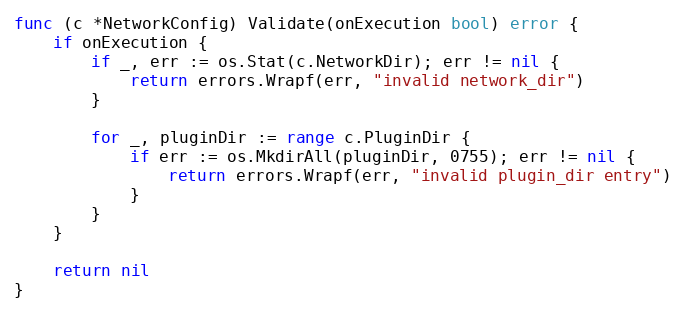
Language: Go
func (c *NetworkConfig) Validate(onExecution bool) error {
	if onExecution {
		if _, err := os.Stat(c.NetworkDir); err != nil {
			return errors.Wrapf(err, "invalid network_dir")
		}

		for _, pluginDir := range c.PluginDir {
			if err := os.MkdirAll(pluginDir, 0755); err != nil {
				return errors.Wrapf(err, "invalid plugin_dir entry")
			}
		}
	}

	return nil
}